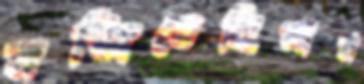
মজিতেছিলাম